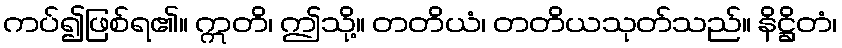
ကပ်၍ဖြစ်ရ၏။ ဣတိ၊ ဤသို့။ တတိယံ၊ တတိယသုတ်သည်။ နိဋ္ဌိတံ၊